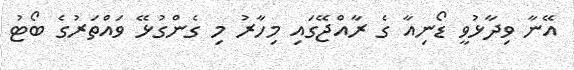
އޭނާ ވިދާޅުވީ ޑޯނިއާ ގެ ރާއްޖޭގައި މިހާރު މި ގެންގުޅޭ ވައްތަރުގެ ބޯޓު